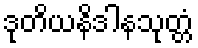
ဒုတိယနိဒါနသုတ္တံ